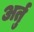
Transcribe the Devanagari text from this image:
अर्तु